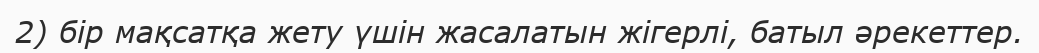
2) бір мақсатқа жету үшін жасалатын жігерлі, батыл әрекеттер.